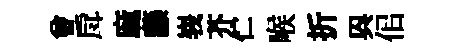
曽戽麻藤峩芥伫喉折㒷佀